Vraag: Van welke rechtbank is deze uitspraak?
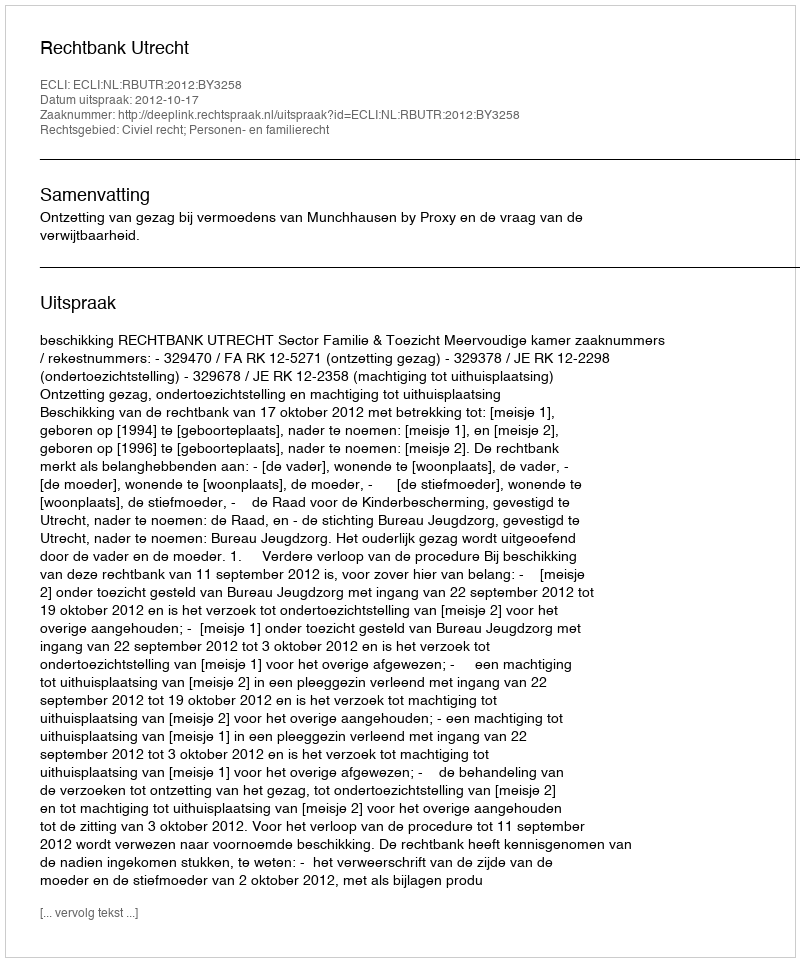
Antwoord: Rechtbank Utrecht